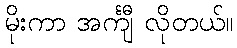
မိုးကာ အင်္ကျီ လိုတယ်။